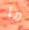
ما